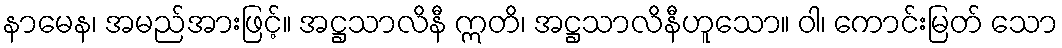
နာမေန၊ အမည်အားဖြင့်။ အဋ္ဌသာလိနီ ဣတိ၊ အဋ္ဌသာလိနီဟူသော။ ဝါ၊ ကောင်းမြတ် သော